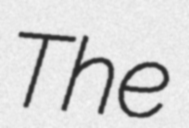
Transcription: The